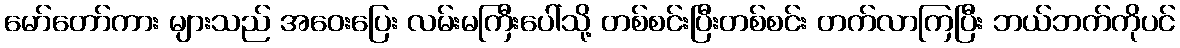
မော်တော်ကား များသည် အဝေးပြေး လမ်းမကြီးပေါ်သို့ တစ်စင်းပြီးတစ်စင်း တက်လာကြပြီး ဘယ်ဘက်ကိုပင်